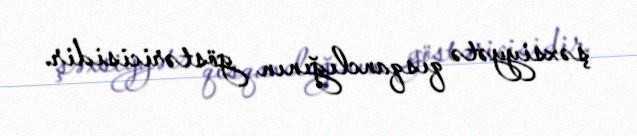
şəxsiyyətə qısqanclığının göstəricisidir.